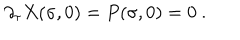
\partial _ { \tau } X ( \sigma , 0 ) = P ( \sigma , 0 ) = 0 \ .